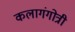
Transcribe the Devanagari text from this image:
कलागंगोत्री